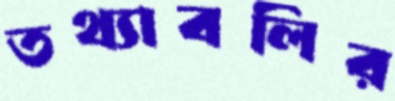
তথ্যাবলির